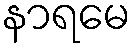
နာရမေ